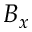
B _ { x }